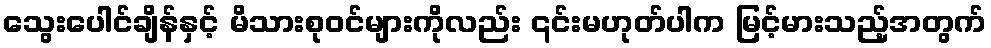
သွေးပေါင်ချိန်နှင့် မိသားစုဝင်များကိုလည်း ၎င်းမဟုတ်ပါက မြင့်မားသည့်အတွက်